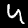
Label: 4